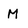
Character: M